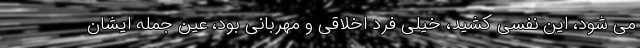
می شود، این نفسی کشید، خیلی فرد اخلاقی و مهربانی بود، عین جمله ایشان